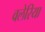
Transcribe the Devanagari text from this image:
वलेरिया